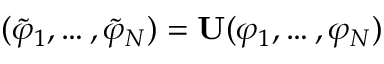
( \widetilde { \varphi } _ { 1 } , \ldots , \widetilde { \varphi } _ { N } ) = \mathbf { U } ( \varphi _ { 1 } , \ldots , \varphi _ { N } )